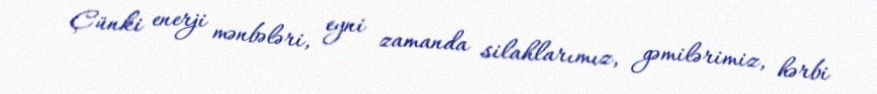
Çünki enerji mənbələri, eyni zamanda silahlarımız, gəmilərimiz, hərbi